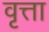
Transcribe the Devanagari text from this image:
वृत्ता